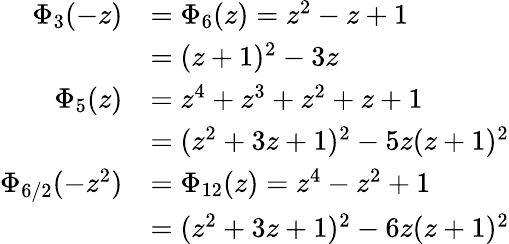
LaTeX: {\begin{array}{rl}{\Phi_{3}(-z)}&{=\Phi_{6}(z)=z^{2}-z+1}\\ &{=(z+1)^{2}-3z}\\ {\Phi_{5}(z)}&{=z^{4}+z^{3}+z^{2}+z+1}\\ &{=(z^{2}+3z+1)^{2}-5z(z+1)^{2}}\\ {\Phi_{6/2}(-z^{2})}&{=\Phi_{12}(z)=z^{4}-z^{2}+1}\\ &{=(z^{2}+3z+1)^{2}-6z(z+1)^{2}}\end{array}}